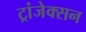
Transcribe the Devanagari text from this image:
ट्रांजेक्सन